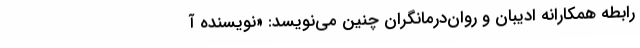
رابطه همکارانه‌ ادیبان و روان‌درمانگران چنین می‌نویسد: «نویسنده آ